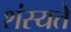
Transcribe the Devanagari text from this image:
शंस्यते